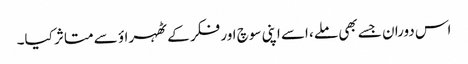
اس دوران جسے بھی ملے، اسے اپنی سوچ اور فکر کے ٹھہراؤ سے متاثر کیا۔